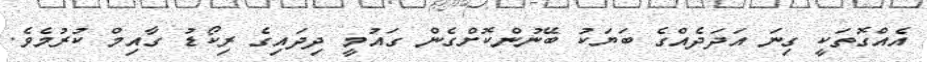
އެއްގޮތަކީ ގިނަ އަދަދެއްގެ ބަޔަކު ބޭނުންކޮށްގެން ގައުމީ ދިދައިގެ ރިކޯޑު ގާއިމް ކުރުމެވެ.